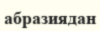
абразиядан